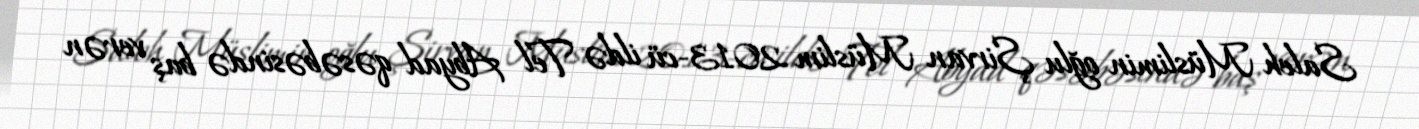
Saleh Müslimin oğlu Şirvan Müslim 2013-cü ildə Tel Abyad qəsəbəsində baş verən